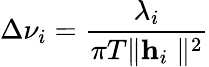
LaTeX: \Delta\nu_{i}=\frac{\lambda_{i}}{\pi T\mathbf\parallel\mathbf{h}_{i}\parallel^{2}}